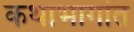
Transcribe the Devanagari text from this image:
कथाभागांत